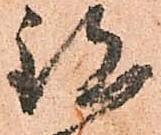
致